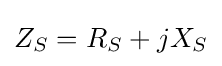
Z_{S}=R_{S}+jX_{S}